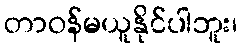
တာဝန်မယူနိုင်ပါဘူး၊